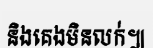
និងគេងមិនលក់៕